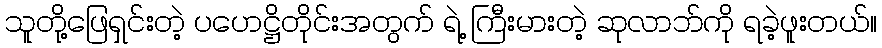
သူတို့ဖြေရှင်းတဲ့ ပဟေဋ္ဌိတိုင်းအတွက် ရဲ့ ကြီးမားတဲ့ ဆုလာဘ်ကို ရခဲ့ဖူးတယ်။